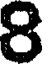
8